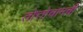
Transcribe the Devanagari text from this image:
तोत्तोचानची